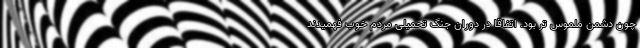
چون دشمن ملموس تر بود. اتفاقا در دوران جنگ تحمیلی مردم خوب فهمیدند